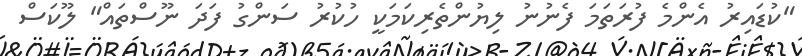
"ކުޑައިރު އެންމެ ފުރަތަމަ ފެނުނު ލިޔުންތެރިކަމަކީ ހުކުރު ސަންގު ފަދަ ނޫސްތައް" ލޫކަސް